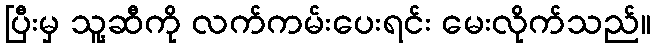
ပြီးမှ သူ့ဆီကို လက်ကမ်းပေးရင်း မေးလိုက်သည်။